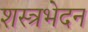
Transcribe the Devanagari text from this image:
शस्त्रभेदन